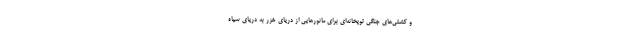
و کشتی‌های جنگی توپخانه‌ای برای مانورهایی از دریای خزر به دریای سیاه